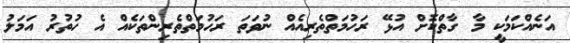
އަނެއްކަމަކީ މާ ގާތްކޮށް އުޅޭ ރަހުމަތްތެރިއެއް ނުވަތަ ރަހުމަތްތެރިންތަކެއް އެ ހުތުރު އަމަލު